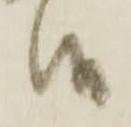
候